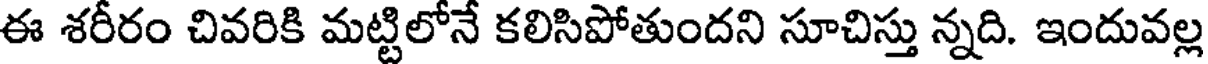
ఈ శరీరం చివరికి మట్టిలోనే కలిసిపోతుందని సూచిస్తు న్నది. ఇందువల్ల